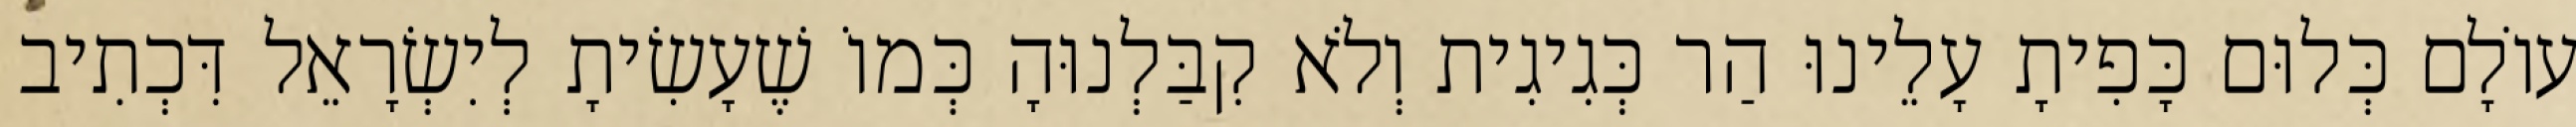
עוֹלָם כְּלוּם כָּפִיתָ עָלֵינוּ הַר כְּגִיגִית וְלֹא קִבַּלְנוּהָ כְּמוֹ שֶׁעָשִׂיתָ לְיִשְׂרָאֵל דִּכְתִיב